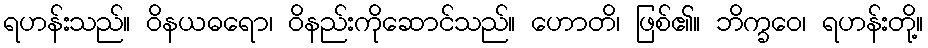
ရဟန်းသည်။ ဝိနယဓရော၊ ဝိနည်းကိုဆောင်သည်။ ဟောတိ၊ ဖြစ်၏။ ဘိက္ခဝေ၊ ရဟန်းတို့။